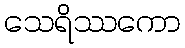
သေရိဿကော